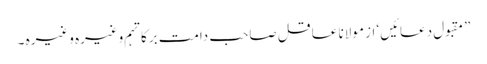
”مقبول دعائیں‘ از مولانا عاقل صاحب دامت برکاتہم وغیرہ وغیرہ ۔